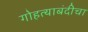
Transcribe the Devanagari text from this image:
गोहत्याबंदीचा